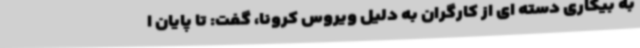
به بیکاری دسته ای از کارگران به دلیل ویروس کرونا، گفت: تا پایان ا